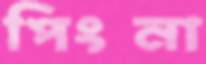
পিংনা